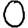
Digit: 0